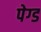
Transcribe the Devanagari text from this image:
पेग्ड